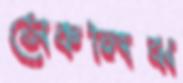
সেকলিঝ